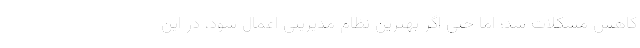
کاهش مشکلات شد؛ اما حتی اگر بهترین نظام مدیریتی اعمال شود، در این